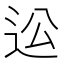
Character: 𨑪